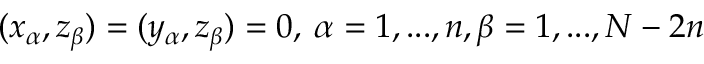
( x _ { \alpha } , z _ { \beta } ) = ( y _ { \alpha } , z _ { \beta } ) = 0 , \: \alpha = 1 , . . . , n , \beta = 1 , . . . , N - 2 n